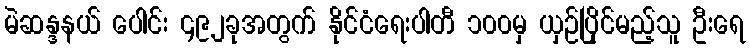
မဲဆန္ဒနယ် ပေါင်း ၄၉၂ခုအတွက် နိုင်ငံရေးပါတီ ၁၀၀မှ ယှဉ်ပြိုင်မည့်သူ ဦးရေ